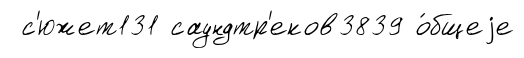
с'южет131 саундтр'еков3839 о́бщеjе